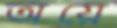
অয়ে